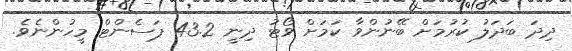
ދިދަ ބަދަލު ކުރުމަށް ބޭނުންވާ ކަމަށް ވޯޓު ދިނީ 43.2 ޕަސެންޓް މީހުންނެވެ.